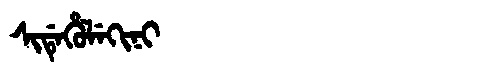
Manchu: ᠰᡳᡩᡝᡥᡠᠯᡝᡴᡳᠨᡳ
Romanization: SIDEHULEKINI